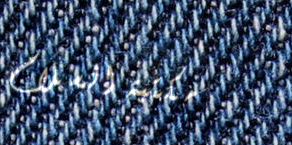
مكتبة السلام